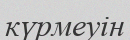
күрмеуін